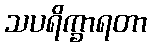
သပရိက္ခာရတာ